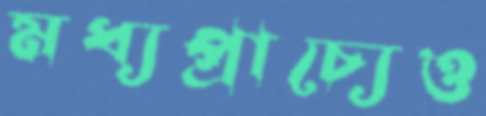
মধ্যপ্রাচ্যেও